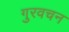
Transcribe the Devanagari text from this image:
गुरवचन